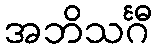
အဘိသင်္ဂီ